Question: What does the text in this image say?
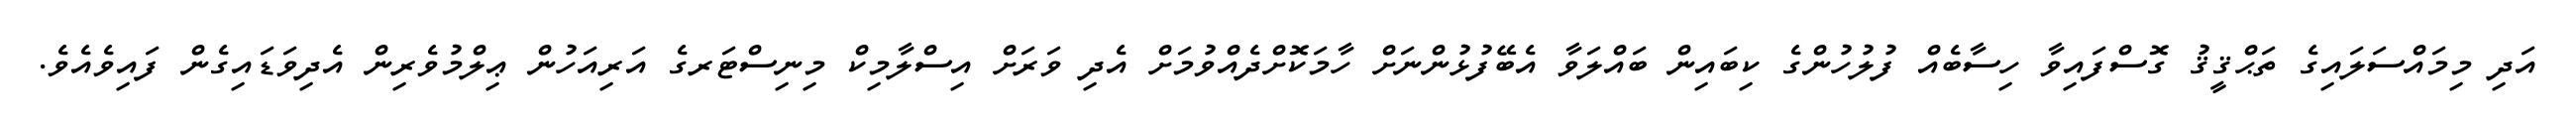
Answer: އަދި މިމައްސަލައިގެ ތަޙްޤީޤު ގޮސްފައިވާ ހިސާބެއް ފުލުހުންގެ ކިބައިން ބައްލަވާ އެބޭފުޅުންނަށް ހާމަކޮށްދެއްވުމަށް އެދި ވަރަށް އިސްލާމިކް މިނިސްޓަރގެ އަރިއަހުން ޢިލްމުވެރިން އެދިވަޑައިގެން ފައިވެއެވެ.